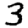
Digit: 3